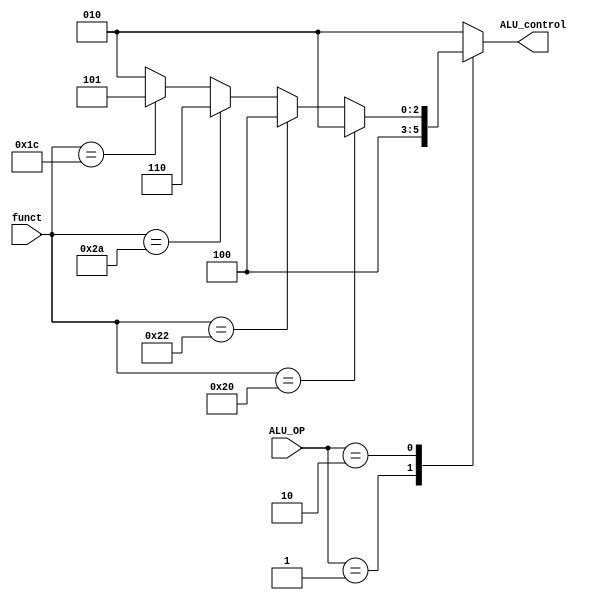
module ALU_decoder (
    input [1 : 0] ALU_OP,
    input [5 : 0] funct,
    output reg [2 : 0] ALU_control
);
    
    always @(*) begin
        case (ALU_OP)
            2'b01:      ALU_control = 3'b100;
            2'b10:      
                if (funct == 6'b10_0000)        // ADD
                    ALU_control = 3'b010;
                else if (funct == 6'b10_0010)   // SUB
                    ALU_control = 3'b100;
                else if (funct == 6'b10_1010)   // SLT
                    ALU_control = 3'b110;
                else if (funct == 6'b01_1100)   // MUL
                    ALU_control = 3'b101;
                else
                    ALU_control = 3'b010;
            default:    ALU_control = 3'b010;
        endcase
    end
endmodule